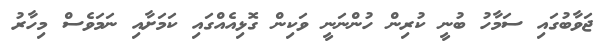
ޖަވާބުގައި ސަމާހު ބުނީ ކުރިން ހުންނަނީ ވަކިން ގޮޅިއެއްގައި ކަމަށާއި ނަމަވެސް މިހާރު